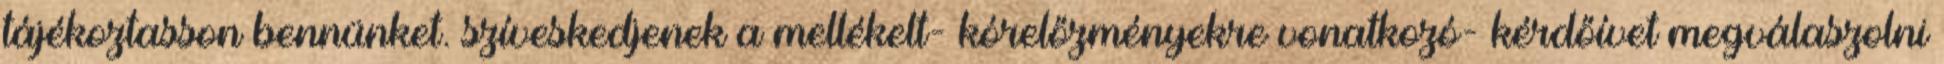
tájékoztasson bennünket. szíveskedjenek a mellékelt- kórelőzményekre vonatkozó- kérdőívet megválaszolni